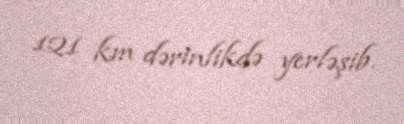
121 km dərinlikdə yerləşib.